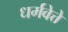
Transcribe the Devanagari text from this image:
धर्मवेत्ते